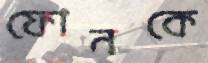
ফোনকে